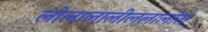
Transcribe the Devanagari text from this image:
लोलालालीललालोल